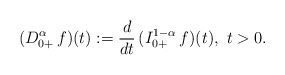
\begin{align*}(D^\alpha_{0+}\, f)(t) := \frac{d}{dt}\, (I^{1-\alpha}_{0+}\, f)(t),\ t>0.\end{align*}